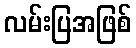
လမ်းပြအဖြစ်